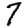
Digit: 7